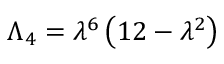
\Lambda _ { 4 } = \lambda ^ { 6 } \left( 1 2 - \lambda ^ { 2 } \right)